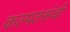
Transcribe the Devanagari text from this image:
कल्पतरूंची